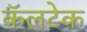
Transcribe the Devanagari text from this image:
कॅलटेक